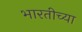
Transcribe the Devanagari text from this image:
भारतीच्या